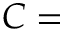
C =